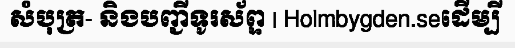
សំបុត្រ- និងបញ្ជីទូរស័ព្ទ | Holmbygden.seដើម្បី